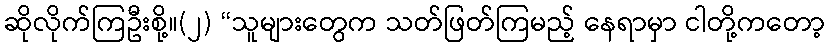
ဆိုလိုက်ကြဦးစို့။(၂) “သူများတွေက သတ်ဖြတ်ကြမည့် နေရာမှာ ငါတို့ကတော့